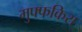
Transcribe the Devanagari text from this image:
मुफ्फकिरा